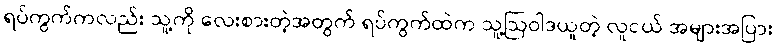
ရပ်ကွက်ကလည်း သူ့ကို လေးစားတဲ့အတွက် ရပ်ကွက်ထဲက သူ့ဩဝါဒယူတဲ့ လူငယ် အများအပြား